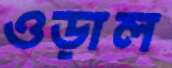
ওড়াল